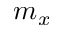
m _ { x }